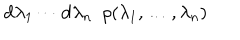
LaTeX: \mathrm { d } \lambda _ { 1 } \cdots \mathrm { d } \lambda _ { n } \, \, \, \rho ( \lambda _ { 1 } , \ldots , \lambda _ { n } )